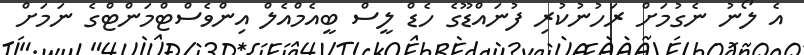
އެ ލޯނު ނެގުމަށް ރަހުނުކުރި ފުނައްޑޫގެ ހެޑް ލީސް ބީއެމްއެލް އިންވެސްޓްމަންޓްގެ ނަމަށް